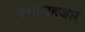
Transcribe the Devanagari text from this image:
पचासहजार